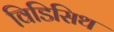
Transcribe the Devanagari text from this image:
विडिसिथ